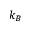
k _ { B }